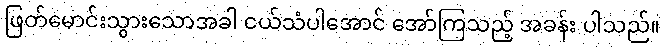
ဖြတ်မောင်းသွားသောအခါ ငယ်သံပါအောင် အော်ကြသည့် အခန်း ပါသည်။